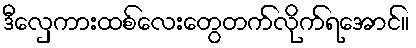
ဒီလှေကားထစ်လေးတွေတက်လိုက်ရအောင်။